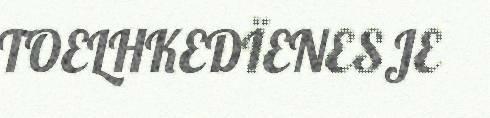
TOELHKEDÏENESJE